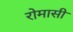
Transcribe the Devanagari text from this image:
रोमासी